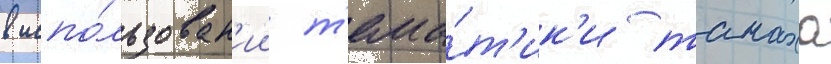
в испо́льзован'ии т'ема́т'ик'и танаха